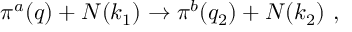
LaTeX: \pi ^ { a } ( q ) + N ( k _ { 1 } ) \to \pi ^ { b } ( q _ { 2 } ) + N ( k _ { 2 } ) ~ ,